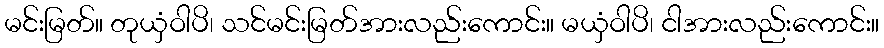
မင်းမြတ်။ တုယှံဝါပိ၊ သင်မင်းမြတ်အားလည်းကောင်း။ မယှံဝါပိ၊ ငါအားလည်းကောင်း။